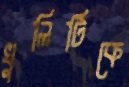
খুলিটিকে